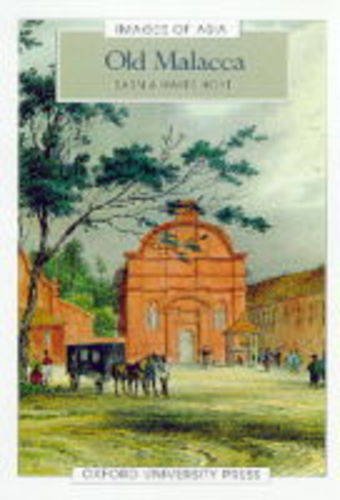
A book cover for Old Malacca (Images of Asia Series); Sarnia Hayes Hoyt; Travel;